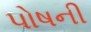
પોષની